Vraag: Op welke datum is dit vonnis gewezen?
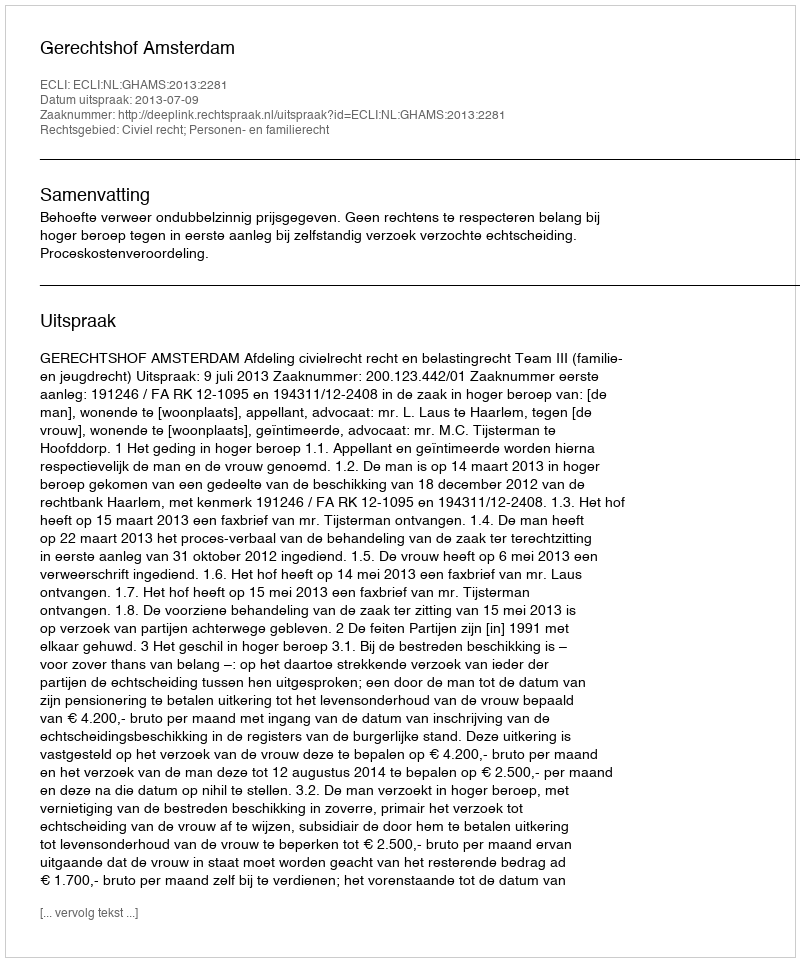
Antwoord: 2013-07-09